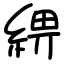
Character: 綥